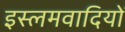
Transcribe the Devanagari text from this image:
इस्लमवादियों